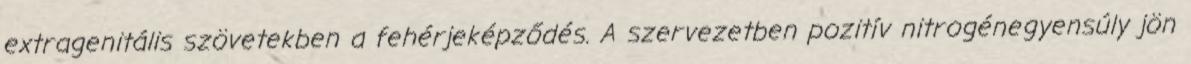
extragenitális szövetekben a fehérjeképződés. A szervezetben pozitív nitrogénegyensúly jön